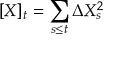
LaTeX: [ X ] _ { t } = \sum _ { s \leq t } \Delta X _ { s } ^ { 2 }